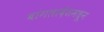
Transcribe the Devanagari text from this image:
बांगलादेशमधून